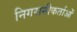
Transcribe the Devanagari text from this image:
निगरानीकर्ताओं